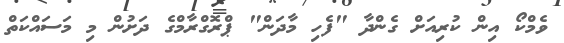
ވެމްކޯ އިން ކުރިއަށް ގެންދާ "ފެހި މާދަން" ޕްރޮގްރާމްގެ ދަށުން މި މަސައްކަތް